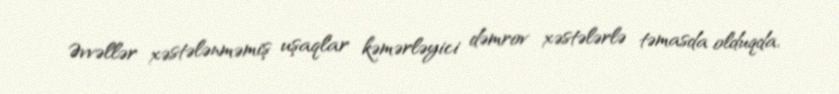
Əvvəllər xəstələnməmiş uşaqlar kəmərləyici dəmrov xəstələrlə təmasda olduqda,